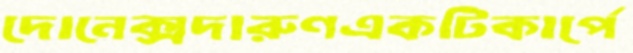
দোনেক্সদারুণএকটিকার্পে